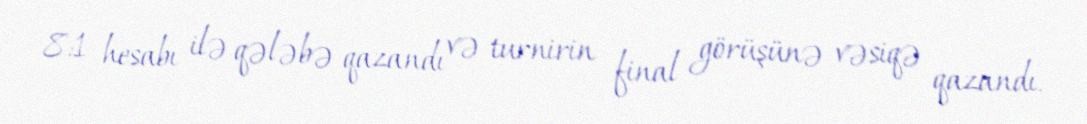
8:1 hesabı ilə qələbə qazandı və turnirin final görüşünə vəsiqə qazandı.